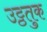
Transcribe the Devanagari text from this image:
उट्ठतुक